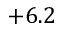
+ 6 . 2